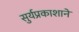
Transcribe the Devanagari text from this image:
सुर्यप्रकाशाने